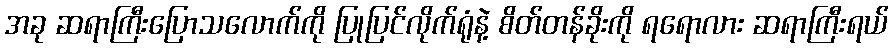
အခု ဆရာကြီးပြောသလောက်ကို ပြုပြင်လိုက်ရုံနဲ့ စိတ်တန်ခိုးကို ရရောလား ဆရာကြီးရယ်